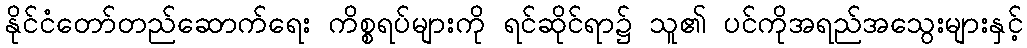
နိုင်ငံတော်တည်ဆောက်ရေး ကိစ္စရပ်များကို ရင်ဆိုင်ရာ၌ သူ၏ ပင်ကိုအရည်အသွေးများနှင့်